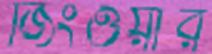
জিংওয়ার